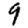
Digit: 9